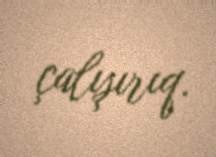
çalışırıq.